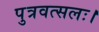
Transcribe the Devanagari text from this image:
पुत्रवत्सलः।